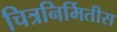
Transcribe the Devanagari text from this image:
चित्रनिर्मितीस